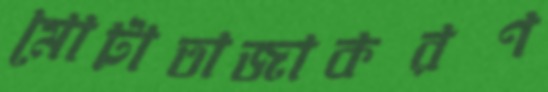
মোটাতাজাকরণ